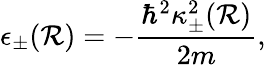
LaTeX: \epsilon_{\pm}(\mathcal{R})=-\frac{{\hbar^{2}\kappa_{\pm}^{2}(\mathcal{R})}}{{2m}},